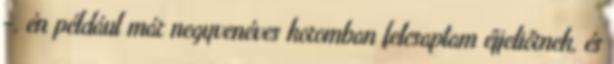
–, én például már negyvenéves koromban felcsaptam éjjeliőrnek, és